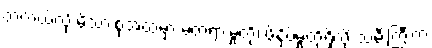
တကယ်လို့ မိသားစုအထဲမှာ မတရားမှုတို့၊ ဖိနှိပ်မှုတို့ရှိလို့ သမီးကြီးက